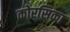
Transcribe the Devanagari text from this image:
कोरसिका